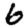
Digit: 6